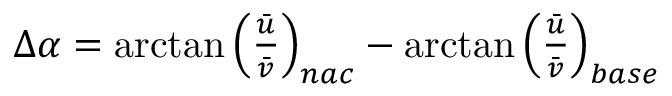
\begin{array} { r } { \Delta \alpha = \arctan \left( \frac { \bar { u } } { \bar { v } } \right) _ { n a c } - \arctan \left( \frac { \bar { u } } { \bar { v } } \right) _ { b a s e } } \end{array}